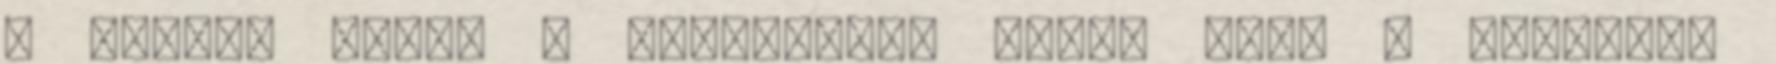
6 Siófok közel 3 milliárdot nyert Majd 3 milliárd